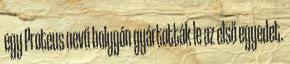
egy Proteus nevű bolygón gyártották le az első egyedet.